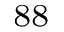
^ { 8 8 }